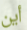
أين